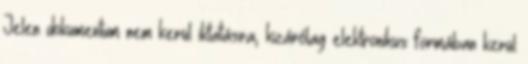
Jelen dokumentum nem kerül iktatásra, kizárólag elektronikus formában kerül